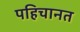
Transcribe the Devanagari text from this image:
पहिचानत